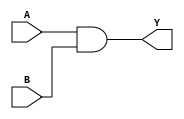
module and_gate (
    input wire A,
    input wire B,
    output wire Y
);
    assign Y = A & B;
endmodule